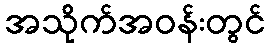
အသိုက်အဝန်းတွင်